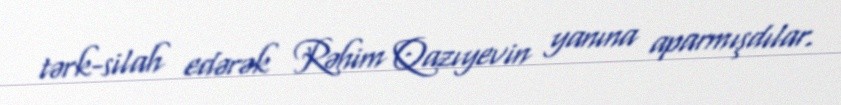
tərk-silah edərək Rəhim Qazıyevin yanına aparmışdılar.